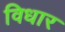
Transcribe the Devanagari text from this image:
विधार